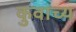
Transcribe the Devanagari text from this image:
कुवाच्य